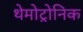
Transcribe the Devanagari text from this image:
थेमोट्रोनिक